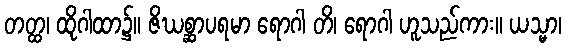
တတ္ထ၊ ထိုဂါထာ၌။ ဇိဃစ္ဆာပရမာ ရောဂါ တိ၊ ရောဂါ ဟူသည်ကား။ ယသ္မာ၊